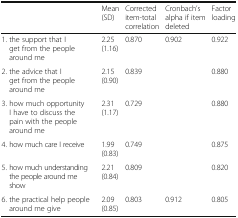
<table><thead><tr><td>[EMPTY_CELL]</td><td><b>Mean (SD)</b></td><td><b>Corrected item-total correlation</b></td><td><b>Cronbach’s alpha if item deleted</b></td><td><b>Factor loading</b></td></tr></thead><tbody><tr><td>1. the support that I get from the people around me</td><td>2.25 (1.16)</td><td>0.870</td><td>0.902</td><td>0.922</td></tr><tr><td>2. the advice that I get from the people around me</td><td>2.15 (0.90)</td><td>0.839</td><td>[EMPTY_CELL]</td><td>0.880</td></tr><tr><td>3. how much opportunity I have to discuss the pain with the people around me</td><td>2.31 (1.17)</td><td>0.729</td><td>[EMPTY_CELL]</td><td>0.880</td></tr><tr><td>4. how much care I receive</td><td>1.99 (0.83)</td><td>0.749</td><td>[EMPTY_CELL]</td><td>0.875</td></tr><tr><td>5. how much understanding the people around me show</td><td>2.21 (0.84)</td><td>0.809</td><td>[EMPTY_CELL]</td><td>0.820</td></tr><tr><td>6. the practical help people around me give</td><td>2.09 (0.85)</td><td>0.803</td><td>0.912</td><td>0.805</td></tr></tbody></table>